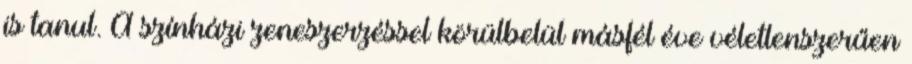
is tanul. A színházi zeneszerzéssel körülbelül másfél éve véletlenszerűen